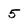
Character: 5